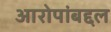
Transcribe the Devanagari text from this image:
आरोपांबद्दल